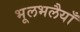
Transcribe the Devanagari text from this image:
भूलभलैयाँ